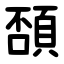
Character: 䫊